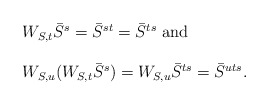
\begin{align*}\begin{array}{l}W_{S,t}\bar{S}^{s}=\bar{S}^{st} =\bar{S}^{ts}\mbox{ and}\\\\ W_{S,u}(W_{S,t}\bar{S}^{s})=W_{S,u}\bar{S}^{ts}= \bar{S}^{uts}.\end{array}\end{align*}